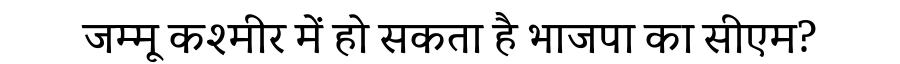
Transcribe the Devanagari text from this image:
जम्मू कश्मीर में हो सकता है भाजपा का सीएम?